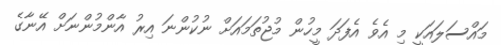
މައްސަލައަކީ މި އެވެ އެފަދަ މީހުން މުޖުތަމައަށް ނުކުންނަ އިރު އާންމުންނަށް އޭނާގެ